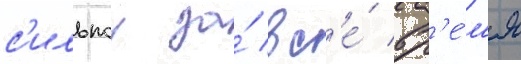
с'ильнои за́ вс'е́ вр'е́м'я